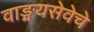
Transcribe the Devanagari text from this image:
वाङ्मयसेवेचे